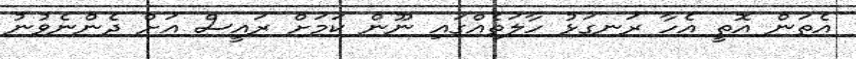
އެތަން އޮތީ އެހާ ރަނގަޅު ހާލަތެއްގައި ނޫން ކަމަށް ރައީސް އަށް ދެންނެވުނު